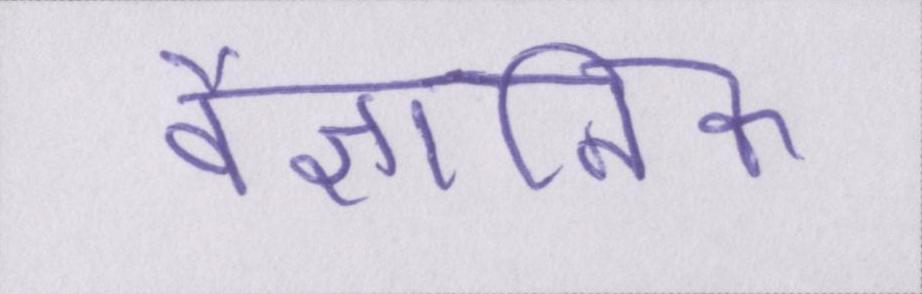
वैज्ञानिक